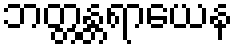
ဘတ္တန္တရာယေန